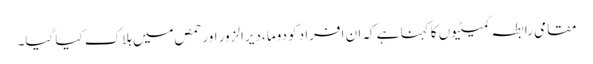
مقامی رابطہ کمیٹیوں کا کہنا ہے کہ ان افراد کو دوما، دیرالزور اور حمص میں ہلاک کیا گیا۔